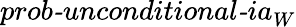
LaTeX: \textit{prob-unconditional-ia}_{W}